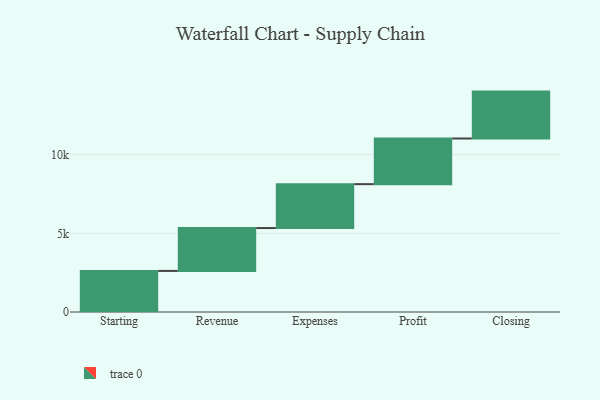
{"axis": {"x": "Step", "y": "Value"}, "legend": [""], "data": [{"x": "Starting", "y": 2611.0, "type": ""}, {"x": "Revenue", "y": 2725.0, "type": ""}, {"x": "Expenses", "y": 2790.0, "type": ""}, {"x": "Profit", "y": 2901.0, "type": ""}, {"x": "Closing", "y": 2981.0, "type": ""}]}